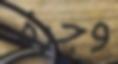
وجرة